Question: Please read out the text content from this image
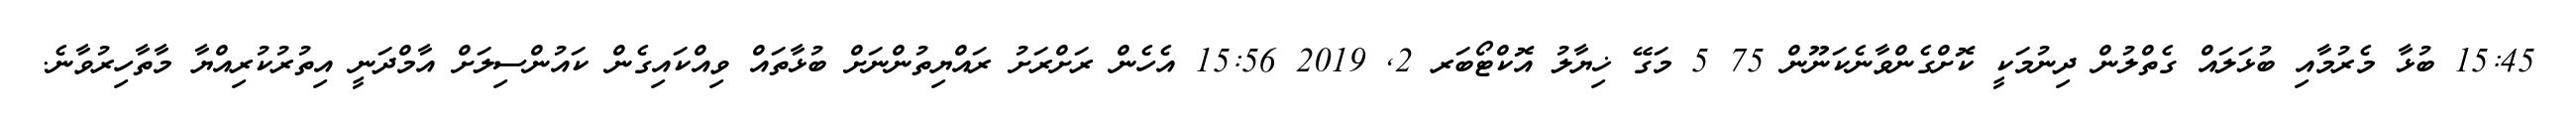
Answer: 15:45 ބުޅާ މެރުމާއި ބުޅަލައް ގެތްލުން ދިނުމަކީ ކޮށްގެންވާނެކަނޫން 75 5 މަގޭ ޚިޔާލު އޮކްޓޯބަރ 2, 2019 15:56 އެހެން ރަށްރަށު ރައްޔިތުންނަށް ބުޅާތައް ވިއްކައިގެން ކައުންސިލަށް އާމްދަނީ އިތުރުކުރިއްޔާ މާތާހިރުވާނެ.